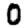
Digit: 0